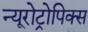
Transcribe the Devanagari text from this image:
न्यूरोट्रोपिक्स